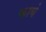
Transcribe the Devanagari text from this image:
कायं